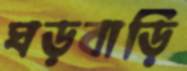
ঘড়বাড়ি